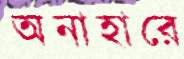
অনাহারে